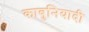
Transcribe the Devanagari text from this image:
काबुनियादी